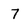
Character: 7